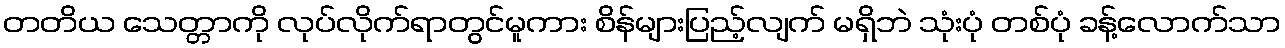
တတိယ သေတ္တာကို လုပ်လိုက်ရာတွင်မူကား စိန်များပြည့်လျက် မရှိဘဲ သုံးပုံ တစ်ပုံ ခန့်လောက်သာ